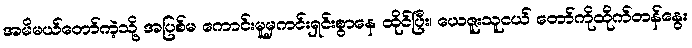
အမိမယ်တော်ကဲ့သို့ အပြစ်မ ကောင်းမူမှကင်းရှင်းစွာနေ ထိုင်ပြီး၊ ယေဇူးသူငယ် တော်ကိုထိုက်တန်နွေး